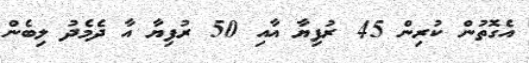
އެގޮތުން ކުރިން 45 ރުފިޔާ އާއި 50 ރުފިޔާ އާ ދެމެދު ލިބެން